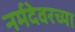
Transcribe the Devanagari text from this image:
नर्मदेवरच्या